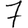
Digit: 7